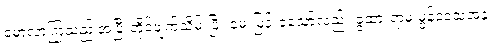
မောလာကြသည် အပြီးတိုင်ဖျက်သိမ်းပြီး မေးမြန်းခဲ့သော်လည်း ခွထားရာမှ မွန်ဒေသအနှံ့